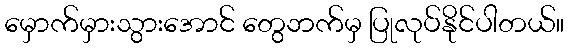
မှောက်မှားသွားအောင် တွေဘက်မှ ပြုလုပ်နိုင်ပါတယ်။